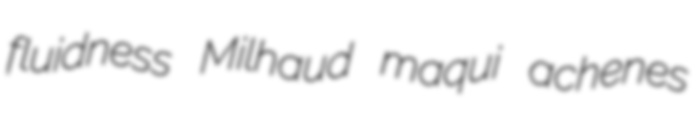
fluidness Milhaud maqui achenes